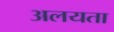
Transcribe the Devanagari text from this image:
अलयता